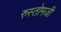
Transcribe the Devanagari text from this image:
रुस्तोमजी